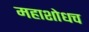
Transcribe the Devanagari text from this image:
महाशोधच